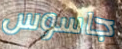
جاسوس